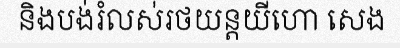
និងបង់រំលស់រថយន្តយីហោ សេង